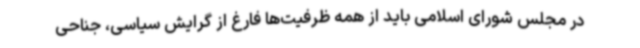
در مجلس شورای اسلامی باید از همه ظرفیت‌ها فارغ از گرایش سیاسی، جناحی